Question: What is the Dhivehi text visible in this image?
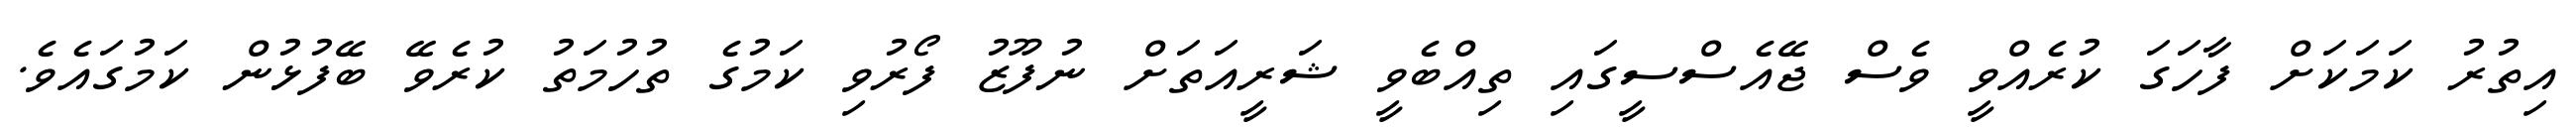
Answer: އިތުރު ކަމަކަށް ފާހަގަ ކުރެއްވީ ވެސް ޖޭއެސްސީގައި ތިއްބެވީ ޝަރީއަތަށް ނުފޫޒު ފޯރުވި ކަމުގެ ތުހުމަތު ކުރެވޭ ބޭފުޅުން ކަމުގައެވެ.